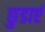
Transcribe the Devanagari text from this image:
छुडाएं